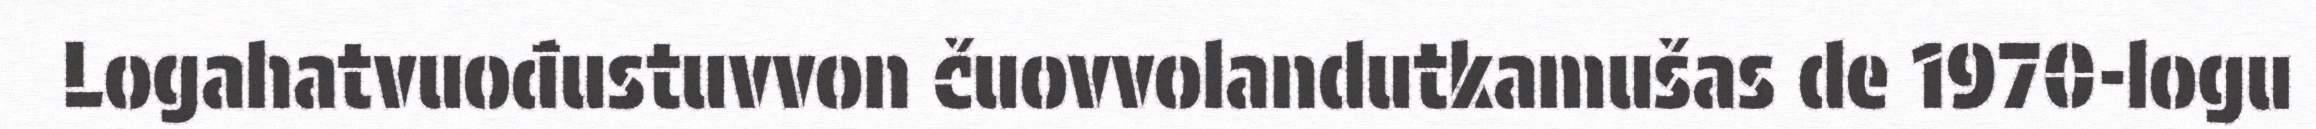
Logahatvuođustuvvon čuovvolandutkamušas de 1970-logu